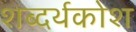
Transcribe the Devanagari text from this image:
शब्दर्थकोश